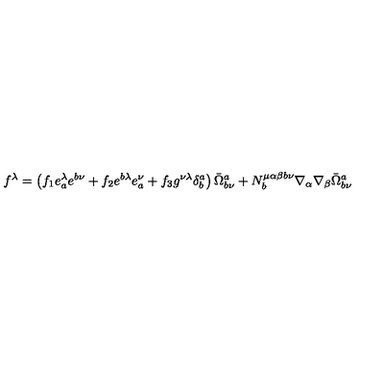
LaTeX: f ^ { \lambda } = \left( f _ { 1 } e _ { a } ^ { \lambda } e ^ { b \nu } + f _ { 2 } e ^ { b \lambda } e _ { a } ^ { \nu } + f _ { 3 } g ^ { \nu \lambda } \delta _ { b } ^ { a } \right) \bar { \Omega } _ { b \nu } ^ { a } + N _ { b } ^ { \mu \alpha \beta b \nu } \nabla _ { \alpha } \nabla _ { \beta } \bar { \Omega } _ { b \nu } ^ { a }